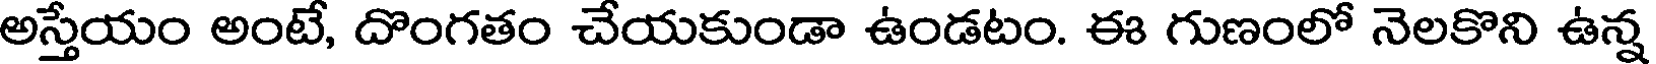
అస్తేయం అంటే, దొంగతం చేయకుండా ఉండటం. ఈ గుణంలో నెలకొని ఉన్న